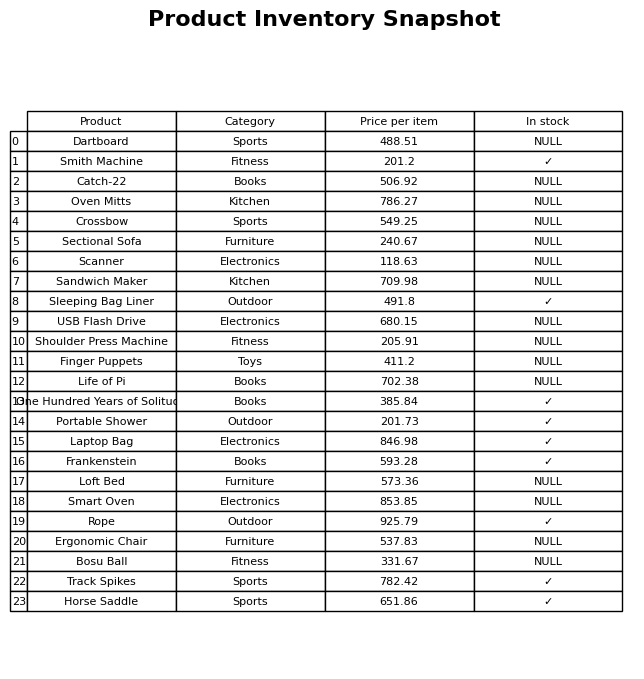
question: What is the price for Scanner?
answer: The price of Scanner is 118.63.